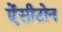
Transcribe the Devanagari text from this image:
ऐंसीटोन